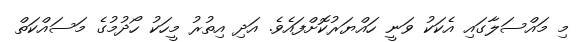
މި މައްސަލާގައި އެކަކު ވަނީ ހައްޔަރުކޮށްފައެވެ. އަދި އިތުރު މީހަކު ހޯދުމުގެ މަސައްކަތް